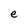
Character: e